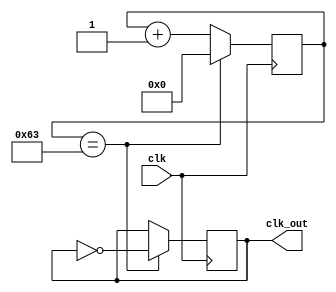
module CLK(    //
	input clk, 
	output reg clk_out
);

reg [13:0] cnt;
parameter N = 50;

always @(posedge clk)
begin
	if(cnt == N*2 - 1)begin
		cnt <= 14'b0;
		clk_out <= ~clk_out;
	end
	else 
		cnt <= cnt + 1'b1;
end

endmodule